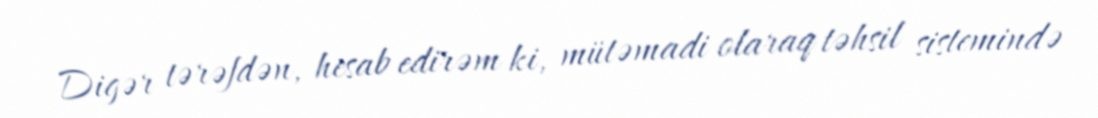
Digər tərəfdən, hesab edirəm ki, mütəmadi olaraq təhsil sistemində